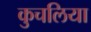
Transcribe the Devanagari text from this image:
कुचलिया